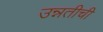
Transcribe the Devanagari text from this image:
उन्नतीचीं